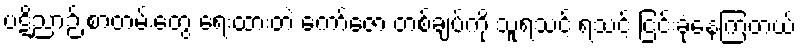
ပဋိညာဉ် စာတမ်းတွေ ရေးထားတဲ့ ကော်ဇော တစ်ချပ်ကို သူရသင့် ရသင့် ငြင်းခုံနေကြတယ်